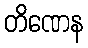
တိဏေန